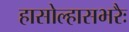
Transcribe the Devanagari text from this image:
हासोल्हासभरैः